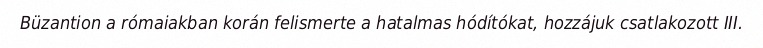
Büzantion a rómaiakban korán felismerte a hatalmas hódítókat, hozzájuk csatlakozott III.